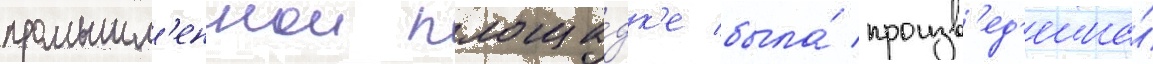
промышл'еннои площа́дк'е была́ произв'ед'ена́